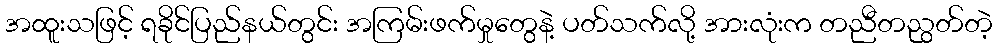
အထူးသဖြင့် ရခိုင်ပြည်နယ်တွင်း အကြမ်းဖက်မှုတွေနဲ့ ပတ်သက်လို့ အားလုံးက တညီတညွတ်တဲ့